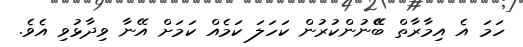
ހަމަ އެ އިމާރާތް ބޭޭނުންކުރުން ކަހަލަ ކަމެއް ކަމަށް އޭނާ ވިދާޅުވި އެވެ.